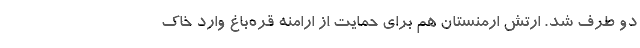
دو طرف شد. ارتش ارمنستان هم برای حمایت از ارامنه قره‌باغ وارد خاک